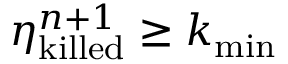
\eta _ { \mathrm { k i l l e d } } ^ { n + 1 } \geq k _ { \mathrm { m i n } }